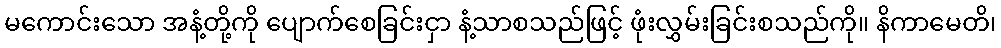
မကောင်းသော အနံ့တို့ကို ပျောက်စေခြင်းငှာ နံ့သာစသည်ဖြင့် ဖုံးလွှမ်းခြင်းစသည်ကို။ နိကာမေတိ၊